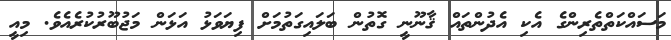
މަސައްކަތްތެރިންގެ އެކި އެދުންތައް ޤާނޫނީ ގޮތުން ބަލައިގަތުމަށް ފިޔަވަޅު އަޅަން މަޖުބޫރުކުރެއެވެ. މިއީ